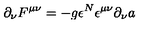
\partial _ { \nu } F ^ { \mu \nu } = - g { \epsilon ^ { N } } \epsilon ^ { \mu \nu } \partial _ { \nu } a